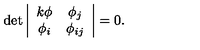
\det \left| \begin{array} { c c } { k \phi } & { \phi _ { j } } \\ { \phi _ { i } } & { \phi _ { i j } } \\ \end{array} \right| = 0 .